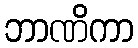
ဘာဏိကာ